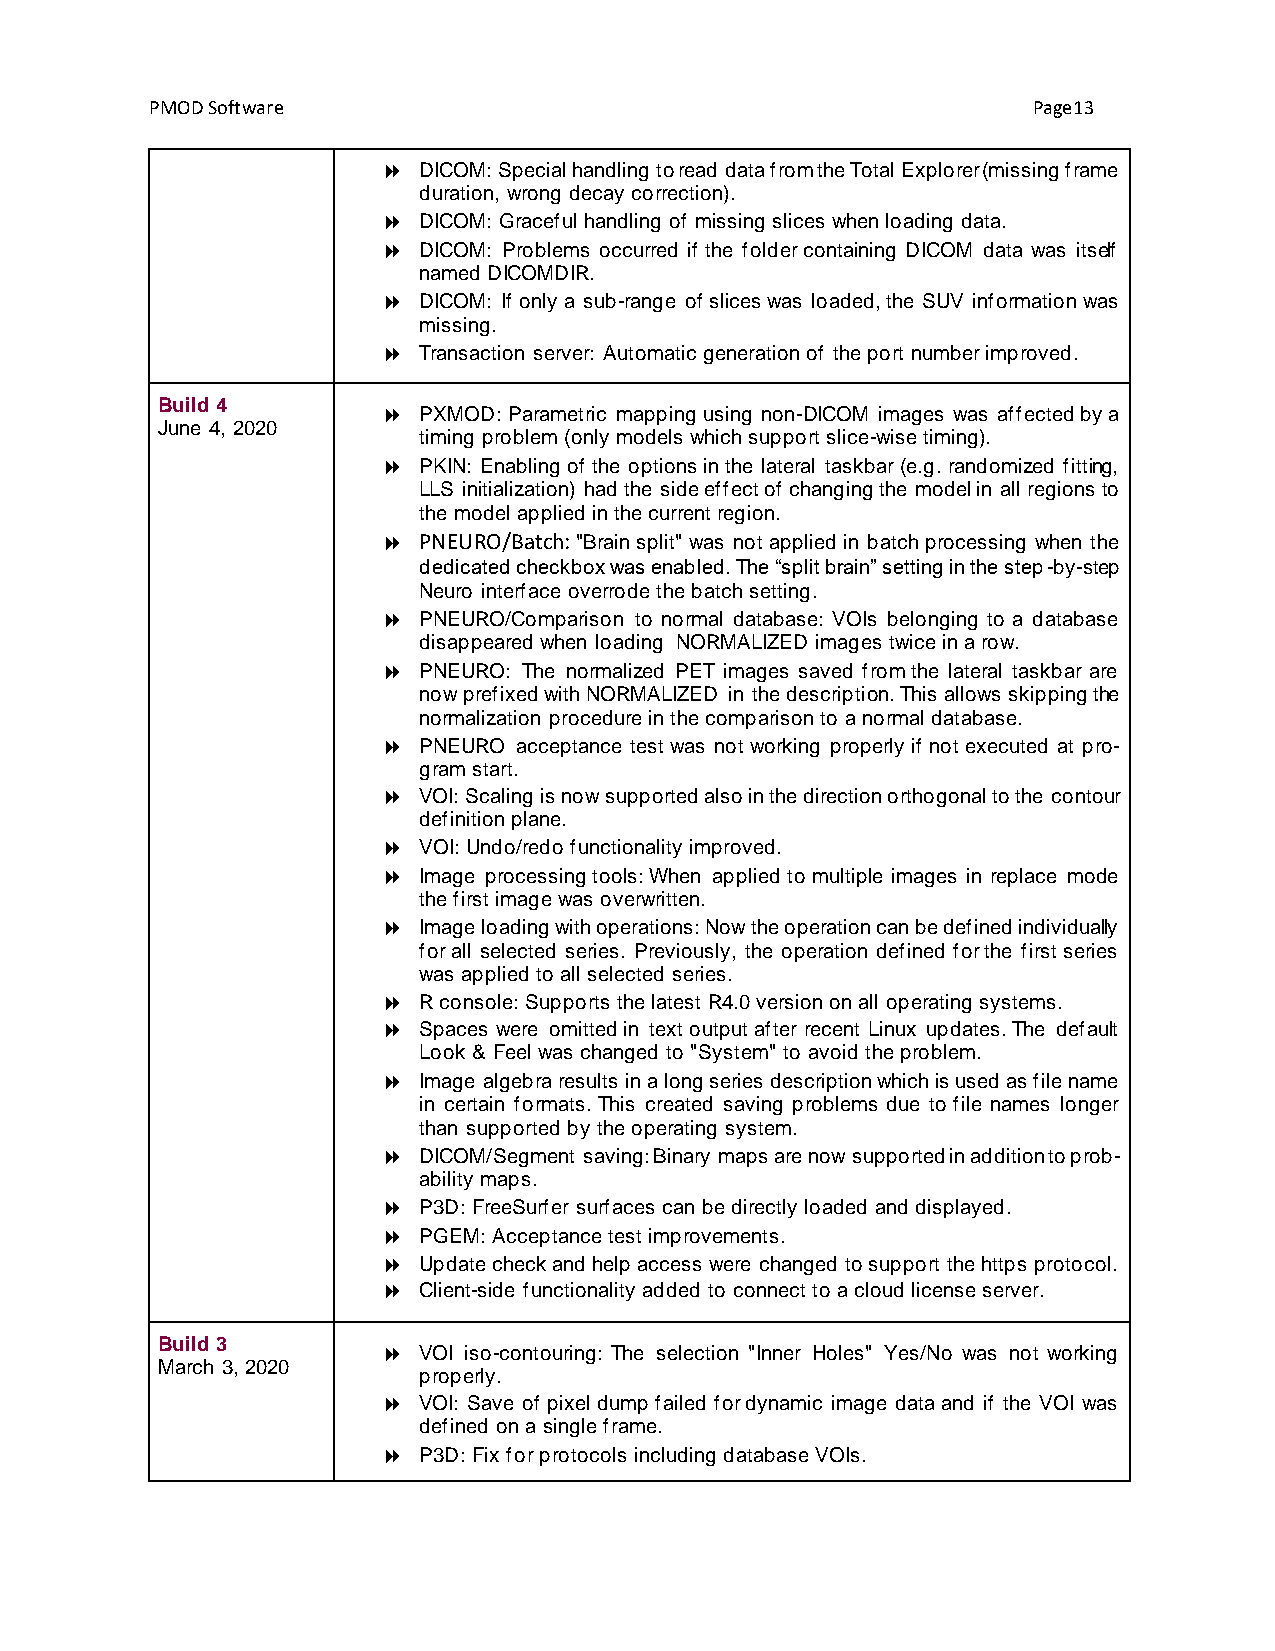
PMOD Software                                             Page13
   DICOM: Special handling to read data from the Total Explorer (missing frame
 duration, wrong decay correction).
   DICOM: Graceful handling of missing slices when loading data.
   DICOM: Problems occurred if the folder containing DICOM data was itself
 named DICOMDIR.
   DICOM: If only a sub-range of slices was loaded, the SUV information was
 missing.
   Transaction server: Automatic generation of the port number improved.
 Build 4
   PXMOD: Parametric mapping using non-DICOM images was affected by a
 June 4, 2020
 timing problem (only models which support slice-wise timing).
   PKIN: Enabling of the options in the lateral taskbar (e.g. randomized fitting,
 LLS initialization) had the side effect of changing the model in all regions to
 the model applied in the current region.
   PNEURO/Batch: "Brain split" was not applied in batch processing when the
 dedicated checkbox was enabled. The “split brain” setting in the step-by-step
 Neuro interface overrode the batch setting.
   PNEURO/Comparison to normal database: VOIs belonging to a database
 disappeared when loading NORMALIZED images twice in a row.
   PNEURO: The normalized PET images saved from the lateral taskbar are
 now prefixed with NORMALIZED in the description. This allows skipping the
 normalization procedure in the comparison to a normal database.
   PNEURO acceptance test was not working properly if not executed at pro-
 gram start.
   VOI: Scaling is now supported also in the direction orthogonal to the contour
 definition plane.
   VOI: Undo/redo functionality improved.
   Image processing tools: When applied to multiple images in replace mode
 the first image was overwritten.
   Image loading with operations: Now the operation can be defined individually
 for all selected series. Previously, the operation defined for the first series
 was applied to all selected series.
   R console: Supports the latest R4.0 version on all operating systems.
   Spaces were omitted in text output after recent Linux updates. The default
 Look & Feel was changed to "System" to avoid the problem.
   Image algebra results in a long series description which is used as file name
 in certain formats. This created saving problems due to file names longer
 than supported by the operating system.
   DICOM/Segment saving: Binary maps are now supported in addition to prob-
 ability maps.
   P3D: FreeSurfer surfaces can be directly loaded and displayed.
   PGEM: Acceptance test improvements.
   Update check and help access were changed to support the https protocol.
   Client-side functionality added to connect to a cloud license server.
 Build 3
   VOI iso-contouring: The selection "Inner Holes" Yes/No was not working
 March 3, 2020
 properly.
   VOI: Save of pixel dump failed for dynamic image data and if the VOI was
 defined on a single frame.
   P3D: Fix for protocols including database VOIs.